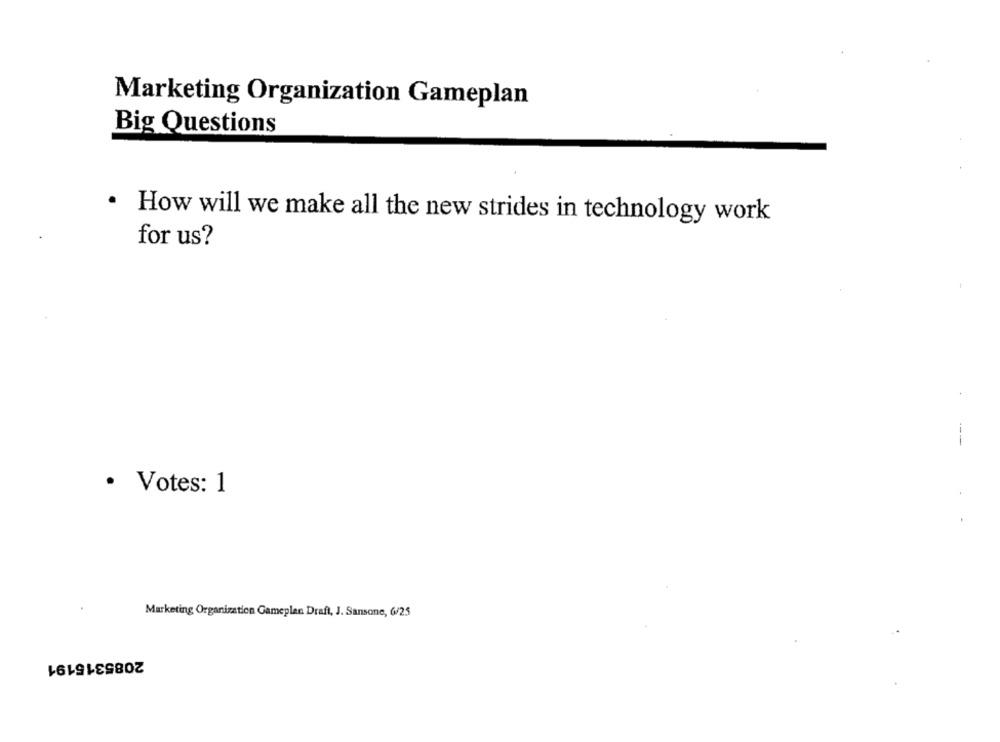
Marketing Organization Gameplan
Big Questions
· How will we make all the new strides in technology work
for us?
· Votes: 1
Marketing Organization Gameplan Draft, J. Sansone, 6/25
2085315191